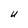
Character: U